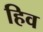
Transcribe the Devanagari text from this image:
हिव